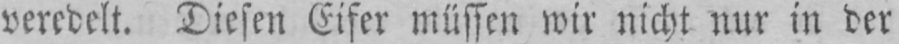
veredelt. Diesen Eifer müssen wir nicht nur in der